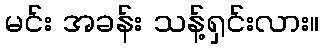
မင်း အခန်း သန့်ရှင်းလား။